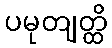
ပမုတျတ္ထိ